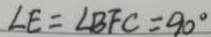
\angle E = \angle B F C = 9 0 ^ { \circ }